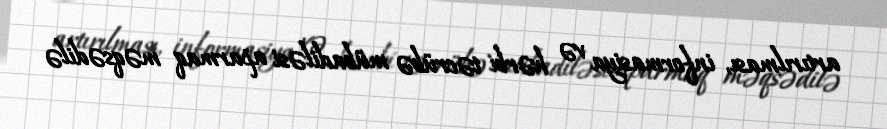
artırılması, informasiya və hərbi təcrübə mübadiləsi aparmaq məqsədilə